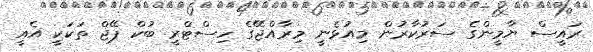
ރައީސް ޔާމީންގެ ސަރުކާރުން މިއުޅެނީ މިރާއްޖޭގެ ހިސްޓްރީ ބުކް ޕޭޖް ތަކަކީ އެއީ